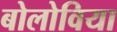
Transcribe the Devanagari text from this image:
बोलोविया